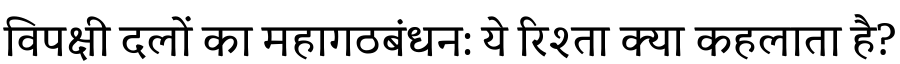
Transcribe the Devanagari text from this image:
विपक्षी दलों का महागठबंधन: ये रिश्ता क्या कहलाता है?